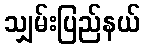
သျှမ်းပြည်နယ်